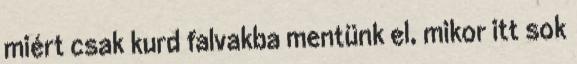
miért csak kurd falvakba mentünk el, mikor itt sok